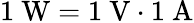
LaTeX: \mathrm{1~W=1~V\cdot 1~A}